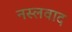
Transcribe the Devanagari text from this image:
नस्‍लवाद